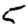
Digit: 5